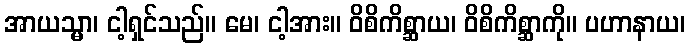
အာယသ္မာ၊ ငါ့ရှင်သည်။ မေ၊ ငါ့အား။ ဝိစိကိစ္ဆာယ၊ ဝိစိကိစ္ဆာကို။ ပဟာနာယ၊